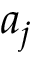
a _ { j }